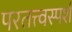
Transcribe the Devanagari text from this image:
परतत्त्वस्पर्श